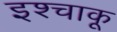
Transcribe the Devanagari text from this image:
इश्चाकू